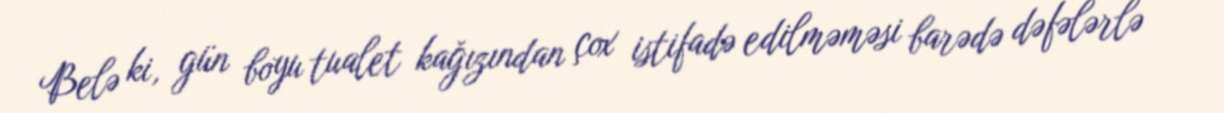
Belə ki, gün boyu tualet kağızından çox istifadə edilməməsi barədə dəfələrlə